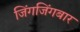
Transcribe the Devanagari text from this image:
जिंगजिंगबार